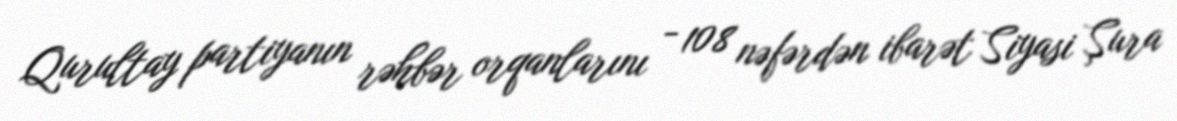
Qurultay partiyanın rəhbər orqanlarını - 108 nəfərdən ibarət Siyasi Şura